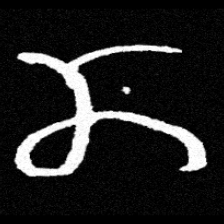
Pyu character \u2014 Myanmar letter: ဏ (romanized: nna)